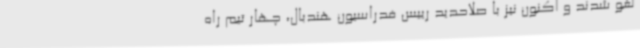
لغو شدند و اکنون نیز با صلاحدید رییس فدراسیون هندبال، چهار تیم راه